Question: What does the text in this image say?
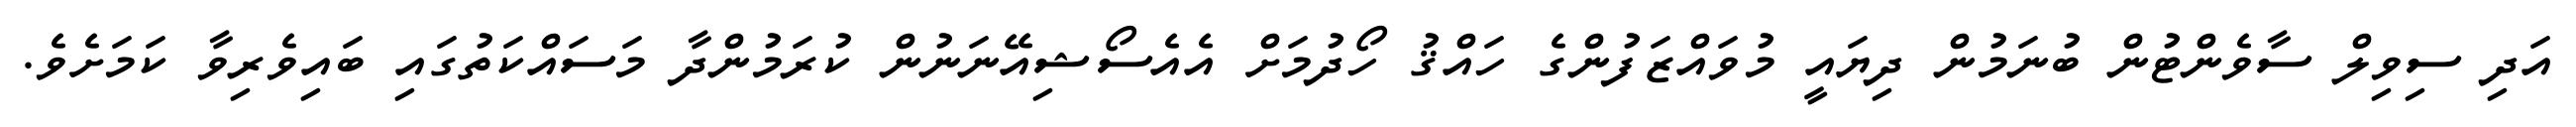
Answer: އަދި ސިވިލް ސާވެންޓުން ބުނަމުން ދިޔައީ މުވައްޒަފުންގެ ހައްޤު ހޯދުމަށް އެއެސޯޝިއޭނަނުން ކުރަމުންދާ މަސައްކަތުގައި ބައިވެރިވާ ކަމަށެވެ.